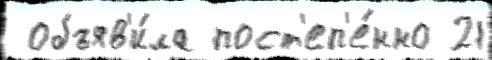
 объяв'и́ла пост'еп'е́нно 21